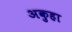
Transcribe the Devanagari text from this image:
अकुहा